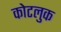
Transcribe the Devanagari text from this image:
कोटलुक